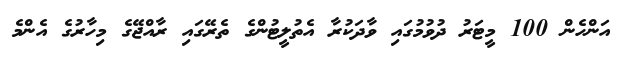
އަންހެން 100 މީޓަރު ދުވުމުގައި ވާދަކުރާ އެތުލީޓުންގެ ތެރޭގައި ރާއްޖޭގެ މިހާރުގެ އެންމެ